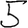
Digit: 5